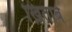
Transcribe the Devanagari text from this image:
ख़िताबें